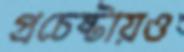
প্রচেষ্টায়ও